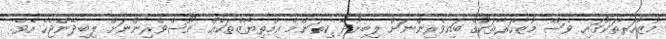
މުޒާހަރާތަކުގައި ވެސް މުޒާހަރާތަކުގެ ބައިވެރިންނަށް ލިބިނުދޭ ކިތަންމެ އިމްތިޔާޒްތަކެއް ނޫސްވެރިންނަށް ލިބިދޭންޖެހެ އެވެ.